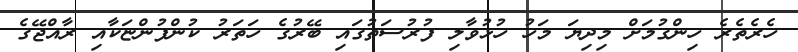
ހެރެތެރެ ހިންގުމަށް މިދިޔަ މަހު ހުޅުވާލި ފުރުސަތުގައި ބޭރުގެ ހަތަރު ކުންފުންޏަކާއި ރާއްޖޭގެ